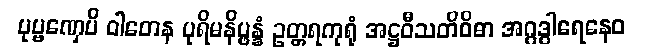
ပုဗ္ဗဏှေပိ ဝါတေန ပုရိမနိပ္ဖန္နံ ဥတ္တရကုရုံ အဋ္ဌဝီသတိဝိဓာ အဂ္ဂဒွါရေနေဝ